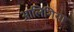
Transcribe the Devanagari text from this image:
आलिंगिया